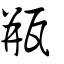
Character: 瓶